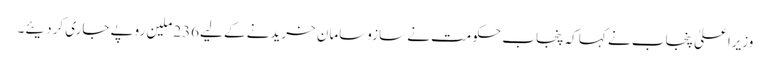
وزیراعلیٰ پنجاب نے کہا کہ پنجاب حکومت نے سازوسامان خریدنے کے لیے236 ملین روپے جاری کردیئے۔